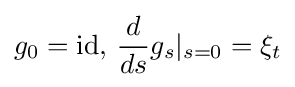
g_{0}=\operatorname {id} ,\,{\frac {d}{ds}}g_{s}|_{s=0}=\xi _{t}